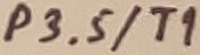
Text: P3.5/T1